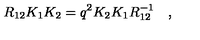
R _ { 1 2 } K _ { 1 } K _ { 2 } = q ^ { 2 } K _ { 2 } K _ { 1 } R _ { 1 2 } ^ { - 1 } \quad ,